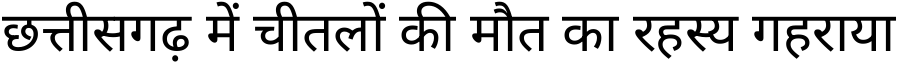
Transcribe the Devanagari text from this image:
छत्तीसगढ़ में चीतलों की मौत का रहस्य गहराया